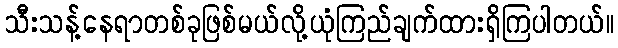
သီးသန့်နေရာတစ်ခုဖြစ်မယ်လို့ယုံကြည်ချက်ထားရှိကြပါတယ်။